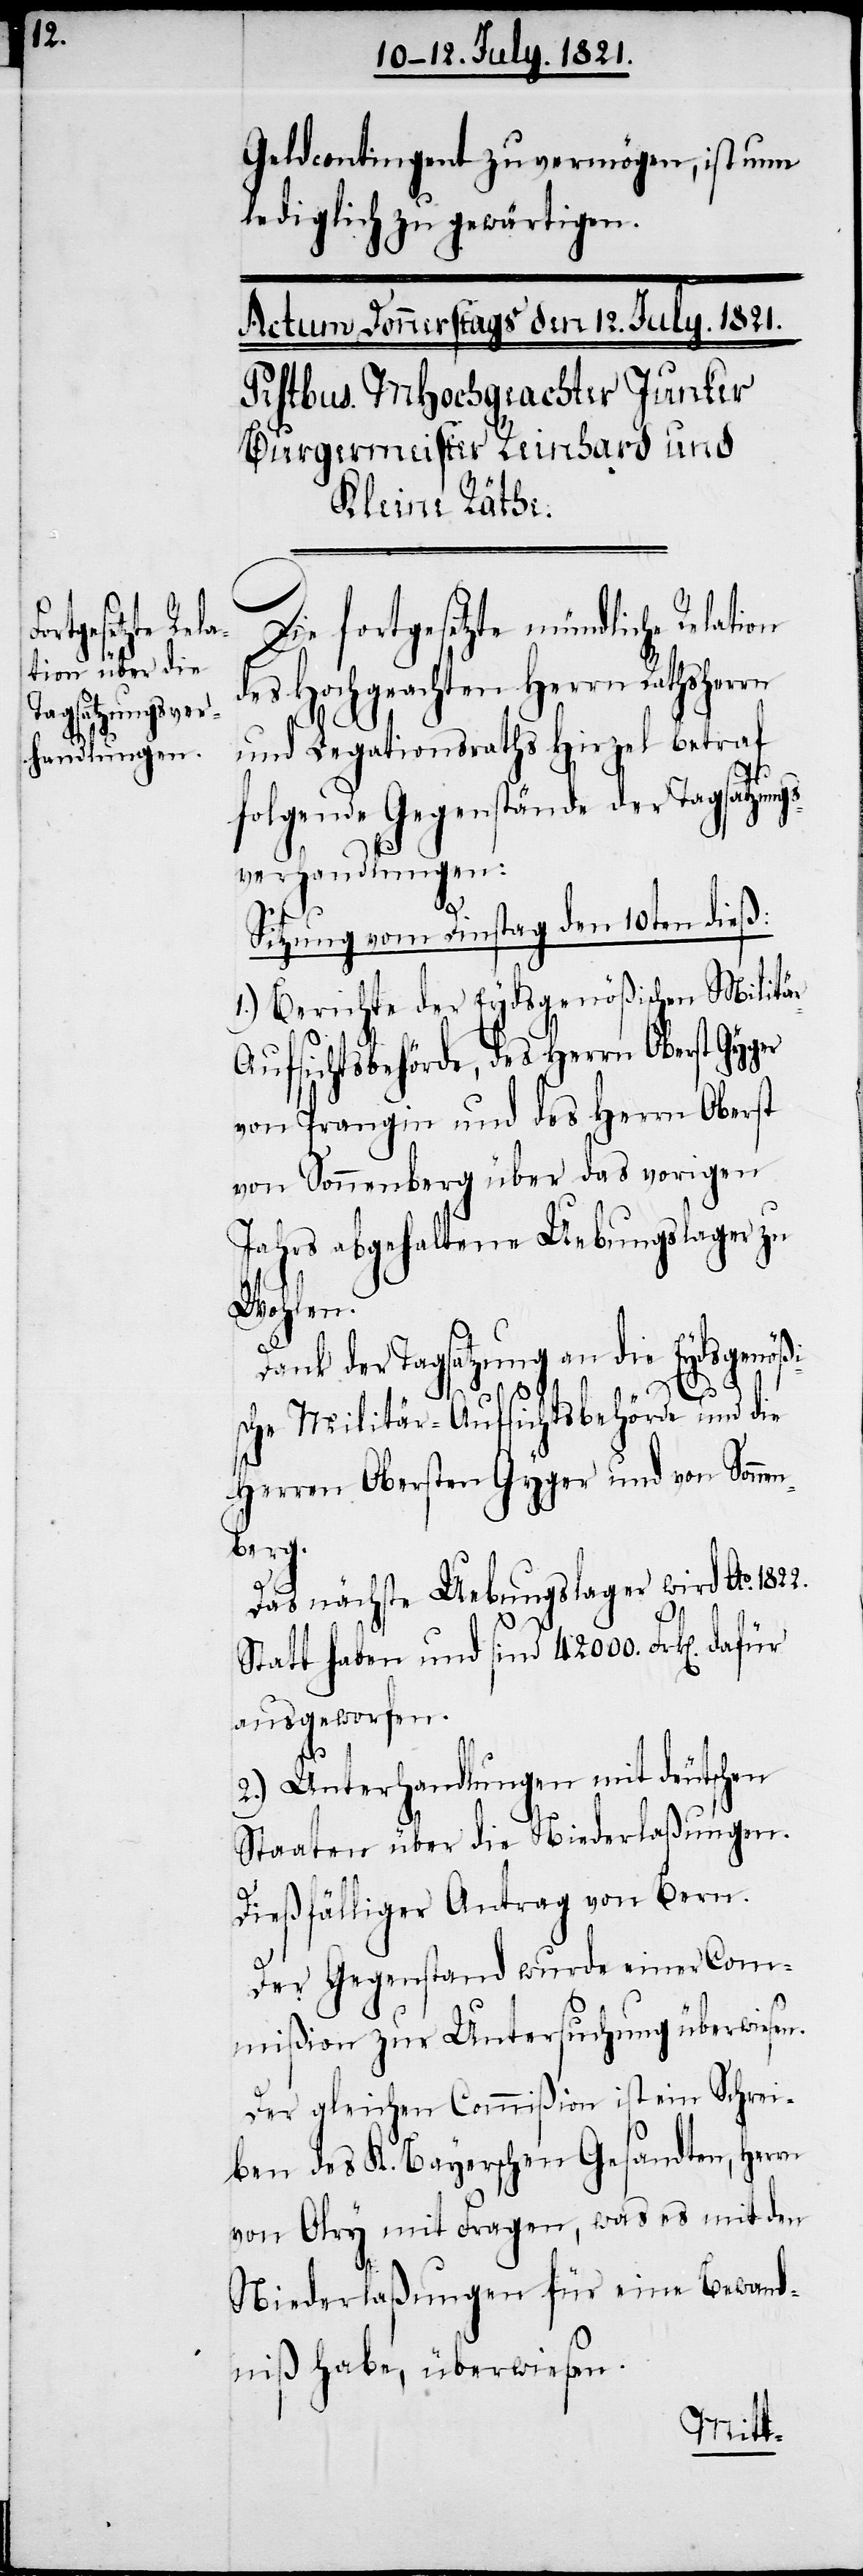
Geldcontingent zu vermögen, ist nun
lediglich zu gewärtigen.
Die fortgesetzte mündliche Relation
des Hochgeachten Herrn Rathsherrn
und Legationsraths Hirzel betraf
folgende Gegenstände der Tagsatzung¬
verhandlungen:
Sitzung vom Dinstag den 10ten dieß:
1.) Berichte der Eydsgenößischen Militä¬
ufsichtsbehörde, des Herrn Oberst Gyger
von Prangin und des Herrn Oberst
von Sonnenberg über das vorigen
Jahrs abgehaltene Uebungslager zu
Wohlen.
Dank der Tagsatzung an die Eydsgenößi¬
sche Militär-Aufsichtsbehörde und die
Herren Obersten Gyger und von Sonnen¬
berg.
Das nächste Uebungslager wird Ao. 1822.
Statt haben und sind 42 000 Frk[en]. dafür
ausgeworfen.
r-A¬
2.) Unterhandlungen mit deutschen
Staaten über die Niederlaßungen.
Dießfälliger Antrag von Bern.
Der Gegenstand wurde einer Com¬
mißion zur Untersuchung überwiesen.
Der gleichen Commißion ist ein Schrei¬
ben des K. Bayerschen Gesandten, Herrn
von Olry mit Fragen, was es mit den
Niederlaßungen für eine Bewandt¬
niß habe, überwiesen.